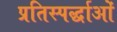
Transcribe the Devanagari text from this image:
प्रतिस्पर्द्धाओं